Indian journal of veterinary science and animal husbandry - Volume 11,
Year: 1941
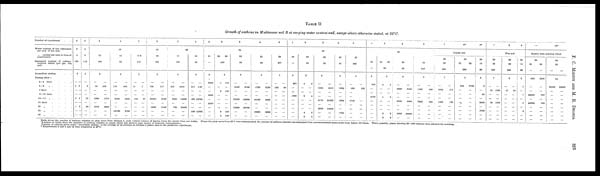
P. C. MINETT AND M. R. DHANDA
TABLE II
Growth of anthrax in Mukteswar soil B at varying water content and, except where otherwise stated, at 25°C.
Number of experiment . .
Water content of soil (estimated
per cent of dry soil)
„ (actual per cent at close of
experiment)
Estimated number of anthrax
bacteria added (per gm. wet
soil)
Immediate plating . . .
Plating after—
3—4 days . . .
5—6
„ . . . .
7 days . . . .
9—10 days . . .
13—14
„ . . . .
16 days . . . .
20
„ . . . .
24
„ . . . .
35
„ . . . .
3
0
4
120
3
—
3
—
—
2
—
1
—
—
—
0
—
—
2
—
2
—
—
3
5
6
112
3
—
6
—
—
22
—
36
—
—
3
4
5
10
10
10
9
3
—
96
—
—
1200
—
1310
—
—
—
336
—
—
1070
—
2800
—
—
11
65
3
—
210
—
—
5060
—
—
13100
—
—
403
—
—
3330
—
—
2760
—
8.6
315
5
—
15
—
—
153
—
—
—
—
—
7
—
—
27
—
—
—
—
3
15
14
104
3
—
700
—
—
20000
—
8000
—
—
—
177
—
—
2120
—
1940
—
—
3
4
20
18
100
3
—
257
—
—
1000
—
760
—
—
—
1610
—
—
14200
—
15400
—
—
18
60
3
—
317
—
—
400
—
—
340
—
—
182
—
—
10700
—
—
14700
—
1
2
3
4
5
25
21
—
2
2000
—
—
3000
—
2300
—
—
—
23 20
100
2
1
—
0
—
—
—
—
0
4
112
—
140
—
—
—
—
150
130
23
96
3
—
3460
—
—
75000
—
74200
—
—
—
2160
—
—
92600
—
90700
—
—
21
58
3
—
1730
—
—
16100
—
—
10900
—
—
2150
—
—
3450
—
—
2800
—
23
277
5
—
132
—
—
—
—
—
—
—
—
90
—
—
—
—
—
—
—
1
30
—
6
200
—
—
1200
—
—
—
—
—
2
3
4
5
30
30
95
2
4
—
—
2
—
—
—
4
3
3
—
—
4
—
—
—
3
3
26
92
3
—
1050
—
—
2170
—
2600
—
—
—
4810
—
—
21000
—
14500
—
—
24
55
3
—
1330
—
—
1220
—
—
1700
—
27
266
5
—
680
—
—
1740
—
—
—
—
—
182
—
—
—
—
—
1
2
4
5
40
35
—
2
600
—
—
4700
—
—
—
—
—
33
32
80
2
4
—
—
1
—
—
—
2
0
3
—
—
2
—
—
—
2
2
29
50
3
—
2260
—
—
9700
—
—
9000
—
—
2550
—
—
6000
—
—
30000
—
33
247
5
—
1500
—
—
7300
—
—
—
—
—
600
—
—
360
—
—
—
—
7
6*
8*
Coarse soil
30
28
538
7
—
3080
—
—
2300
—
—
—
—
—
178
—
—
146
—
—
—
—
30
27
28
230
6
244
—
—
—
—
—
—
—
—
6700
—
—
—
—
—
—
—
—
25
19
96
2
3
—
69
—
2480
—
2300
—
—
7
6
8
Fine soil
30
28
538
7
—
20
—
—
30
—
—
—
—
—
1200
—
—
1320
—
—
—
—
30
29
230
6
—
47
—
—
—
—
—
—
—
—
30
—
—
—
—
—
—
—
25
18
96
2
1
—
1
—
3
—
9
—
—
—
12*
Seeded with anthrax blood
30
31
—
950
—
—
36400
—
45000
—
—
—
—
29
—
2200
—
—
280
—
490
—
—
—
—
30
30
—
—
34
38600
—
—
—
—
—
—
—
—
39300
—
—
—
—
—
—
—
—
Table shows the number of anthrax colonies on plate sown from dilution b. each vertical column of figures being the results from one bottle. Where the plate sown from dil b was contaminated, the number of anthrax colonies was estimated from uncontaminated plates sown from higher dilutions. Where possible, plates showing 30—300 colonies were selected for counting.
Numbers in italics show the numbers of anthrax colonies on plates which also showed some degree of bacterial contamination.
Number of colonies given under ' immediate plating ' is the average of all colonies on dilution b plates used in the particular experiment.
* Experiments 6 and 8 and 12 were conducted at 30°C.